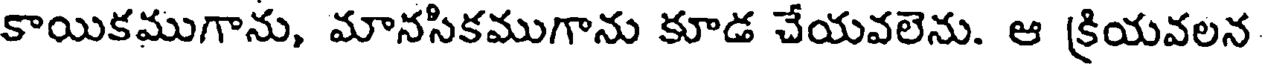
కాయికముగాను, మానసికముగాను కూడ చేయవలెను. ఆ క్రియవలన